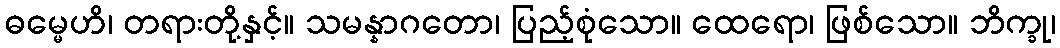
ဓမ္မေဟိ၊ တရားတို့နှင့်။ သမန္နာဂတော၊ ပြည့်စုံသော။ ထေရော၊ ဖြစ်သော။ ဘိက္ခု၊